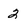
Character: 2